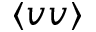
\langle v v \rangle